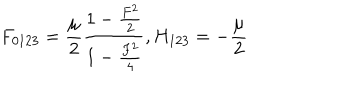
F _ { 0 1 2 3 } = { \frac { \mu } { 2 } } { \frac { 1 - { \frac { F ^ { 2 } } { 2 } } } { 1 - { \frac { F ^ { 2 } } { 4 } } } } , H _ { 1 2 3 } = - { \frac { \mu } { 2 } }